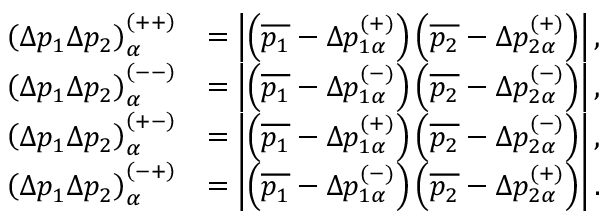
\begin{array} { r l } { \left( \Delta p _ { 1 } \Delta p _ { 2 } \right) _ { \alpha } ^ { \left( + + \right) } } & { = \left\vert \left( \overline { { p _ { 1 } } } - \Delta p _ { 1 \alpha } ^ { ( + ) } \right) \left( \overline { { p _ { 2 } } } - \Delta p _ { 2 \alpha } ^ { ( + ) } \right) \right\vert , } \\ { \left( \Delta p _ { 1 } \Delta p _ { 2 } \right) _ { \alpha } ^ { \left( -- \right) } } & { = \left\vert \left( \overline { { p _ { 1 } } } - \Delta p _ { 1 \alpha } ^ { ( - ) } \right) \left( \overline { { p _ { 2 } } } - \Delta p _ { 2 \alpha } ^ { ( - ) } \right) \right\vert , } \\ { \left( \Delta p _ { 1 } \Delta p _ { 2 } \right) _ { \alpha } ^ { \left( + - \right) } } & { = \left\vert \left( \overline { { p _ { 1 } } } - \Delta p _ { 1 \alpha } ^ { ( + ) } \right) \left( \overline { { p _ { 2 } } } - \Delta p _ { 2 \alpha } ^ { ( - ) } \right) \right\vert , } \\ { \left( \Delta p _ { 1 } \Delta p _ { 2 } \right) _ { \alpha } ^ { \left( - + \right) } } & { = \left\vert \left( \overline { { p _ { 1 } } } - \Delta p _ { 1 \alpha } ^ { ( - ) } \right) \left( \overline { { p _ { 2 } } } - \Delta p _ { 2 \alpha } ^ { ( + ) } \right) \right\vert . } \end{array}